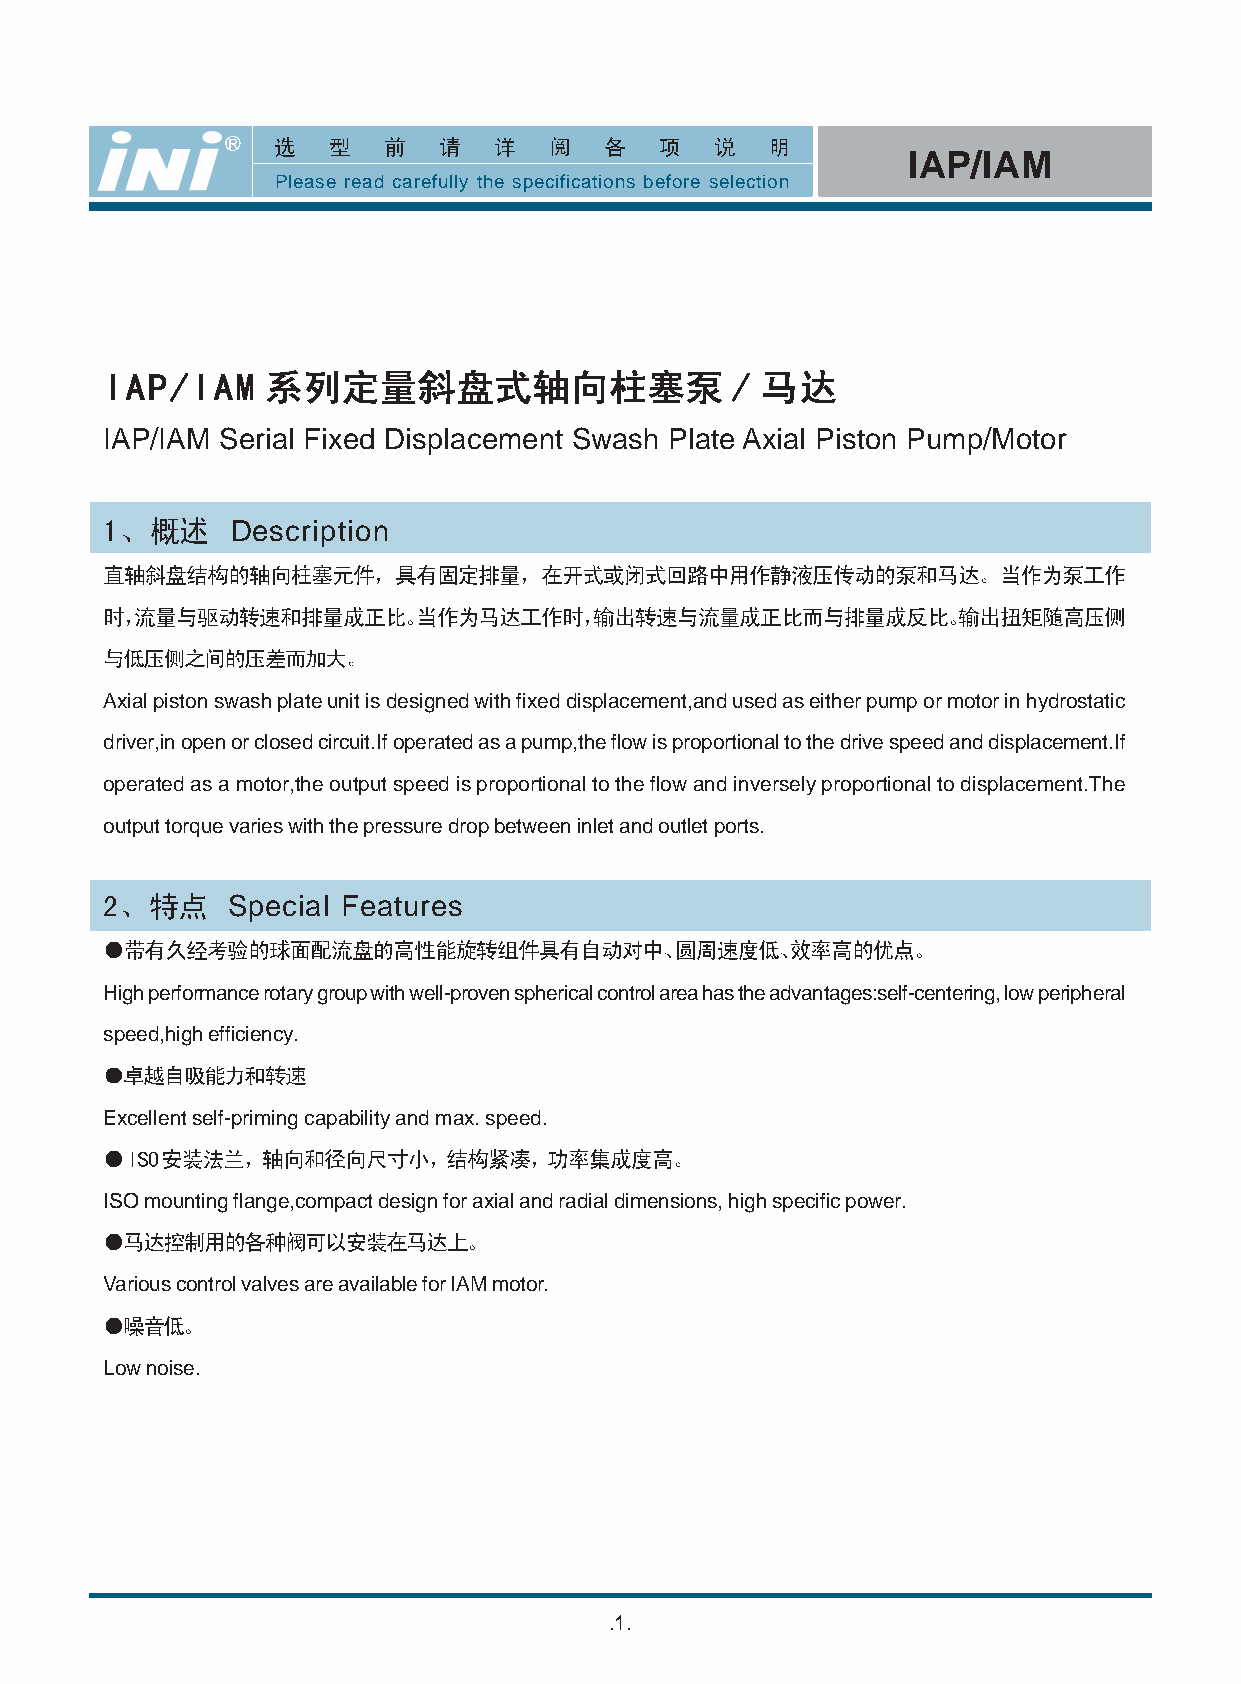
R
 IAP/IAM
 Please read carefully the specifications before selection
 IAP/IAM Serial Fixed Displacement Swash Plate Axial Piston Pump/Motor
 Description
 Axial piston swash plate unit is designed with fixed displacement,and used as either pump or motor in hydrostatic
 driver,in open or closed circuit.If operated as a pump,the flow is proportional to the drive speed and displacement.If
 operated as a motor,the output speed is proportional to the flow and inversely proportional to displacement.The
 output torque varies with the pressure drop between inlet and outlet ports.
 Special Features
 High performance rotary group with well-proven spherical control area has the advantages:self-centering, low peripheral
 speed,high efficiency.
 Excellent self-priming capability and max. speed.
 ISO mounting flange,compact design for axial and radial dimensions, high specific power.
 Various control valves are available for IAM motor.
 Low noise.
 .1.